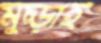
মুচ্‌ড়াই